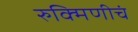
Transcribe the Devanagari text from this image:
रुक्मिणीचं